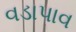
વડાપાવ